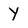
Character: Y